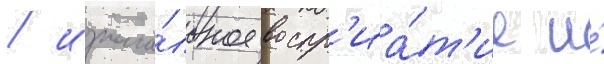
/ изнача́льное воспр'иа́т'ие и́